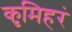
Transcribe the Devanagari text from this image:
कृमिहरं